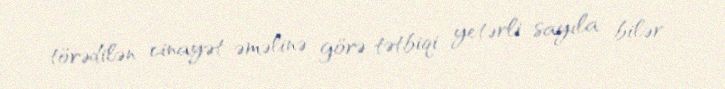
törədilən cinayət əməlinə görə tətbiqi yetərli sayıla bilər.